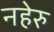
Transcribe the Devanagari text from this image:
नहेरु